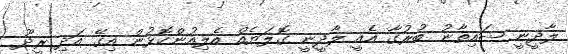
ލާދީނީ ޝައިތާނު ބުރުގާ އެއީ ލާދީނީ ގޮލަޔެއް އެލިއުންކޮޅުން އިގޭ އަދި ރީދޫ